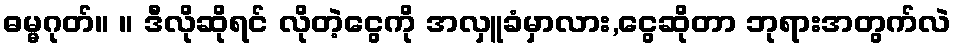
ဓမ္မဂုတ်။ ။ ဒီလိုဆိုရင် လိုတဲ့ငွေကို အလှူခံမှာလား,ငွေဆိုတာ ဘုရားအတွက်လဲ